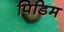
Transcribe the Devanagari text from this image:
पिडिम